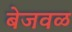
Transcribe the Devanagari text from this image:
बेजवळ